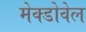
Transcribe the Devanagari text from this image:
मेक्डोवेल